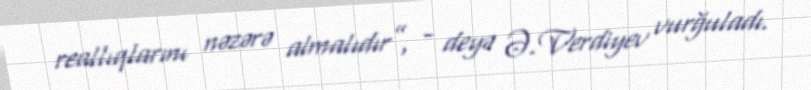
reallıqlarını nəzərə almalıdır”, - deyə Ə.Verdiyev vurğuladı.